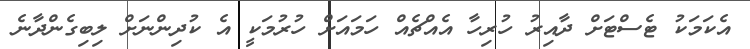
އެކަމަކު ޓެސްޓަށް ދާއިރު ހުރިހާ އެއްޗެއް ހަމައަށް ހުރުމަކީ އެ ކުދިންނަށް ލިބިގެންދާނެ